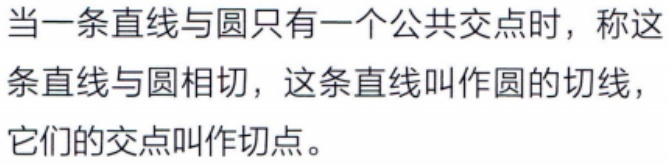
当一条直线与圆只有一个公共交点时，称这条直线与圆相切，这条直线叫作圆的切线，它们的交点叫作切点。